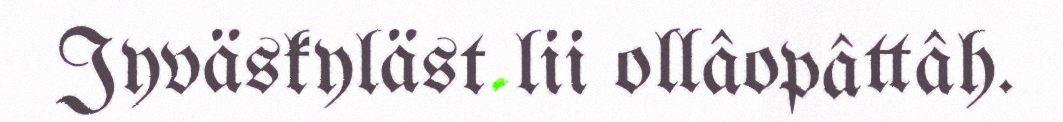
Jyväskyläst lii ollâopâttâh.